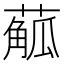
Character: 𦺠